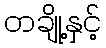
တချို့နှင့်